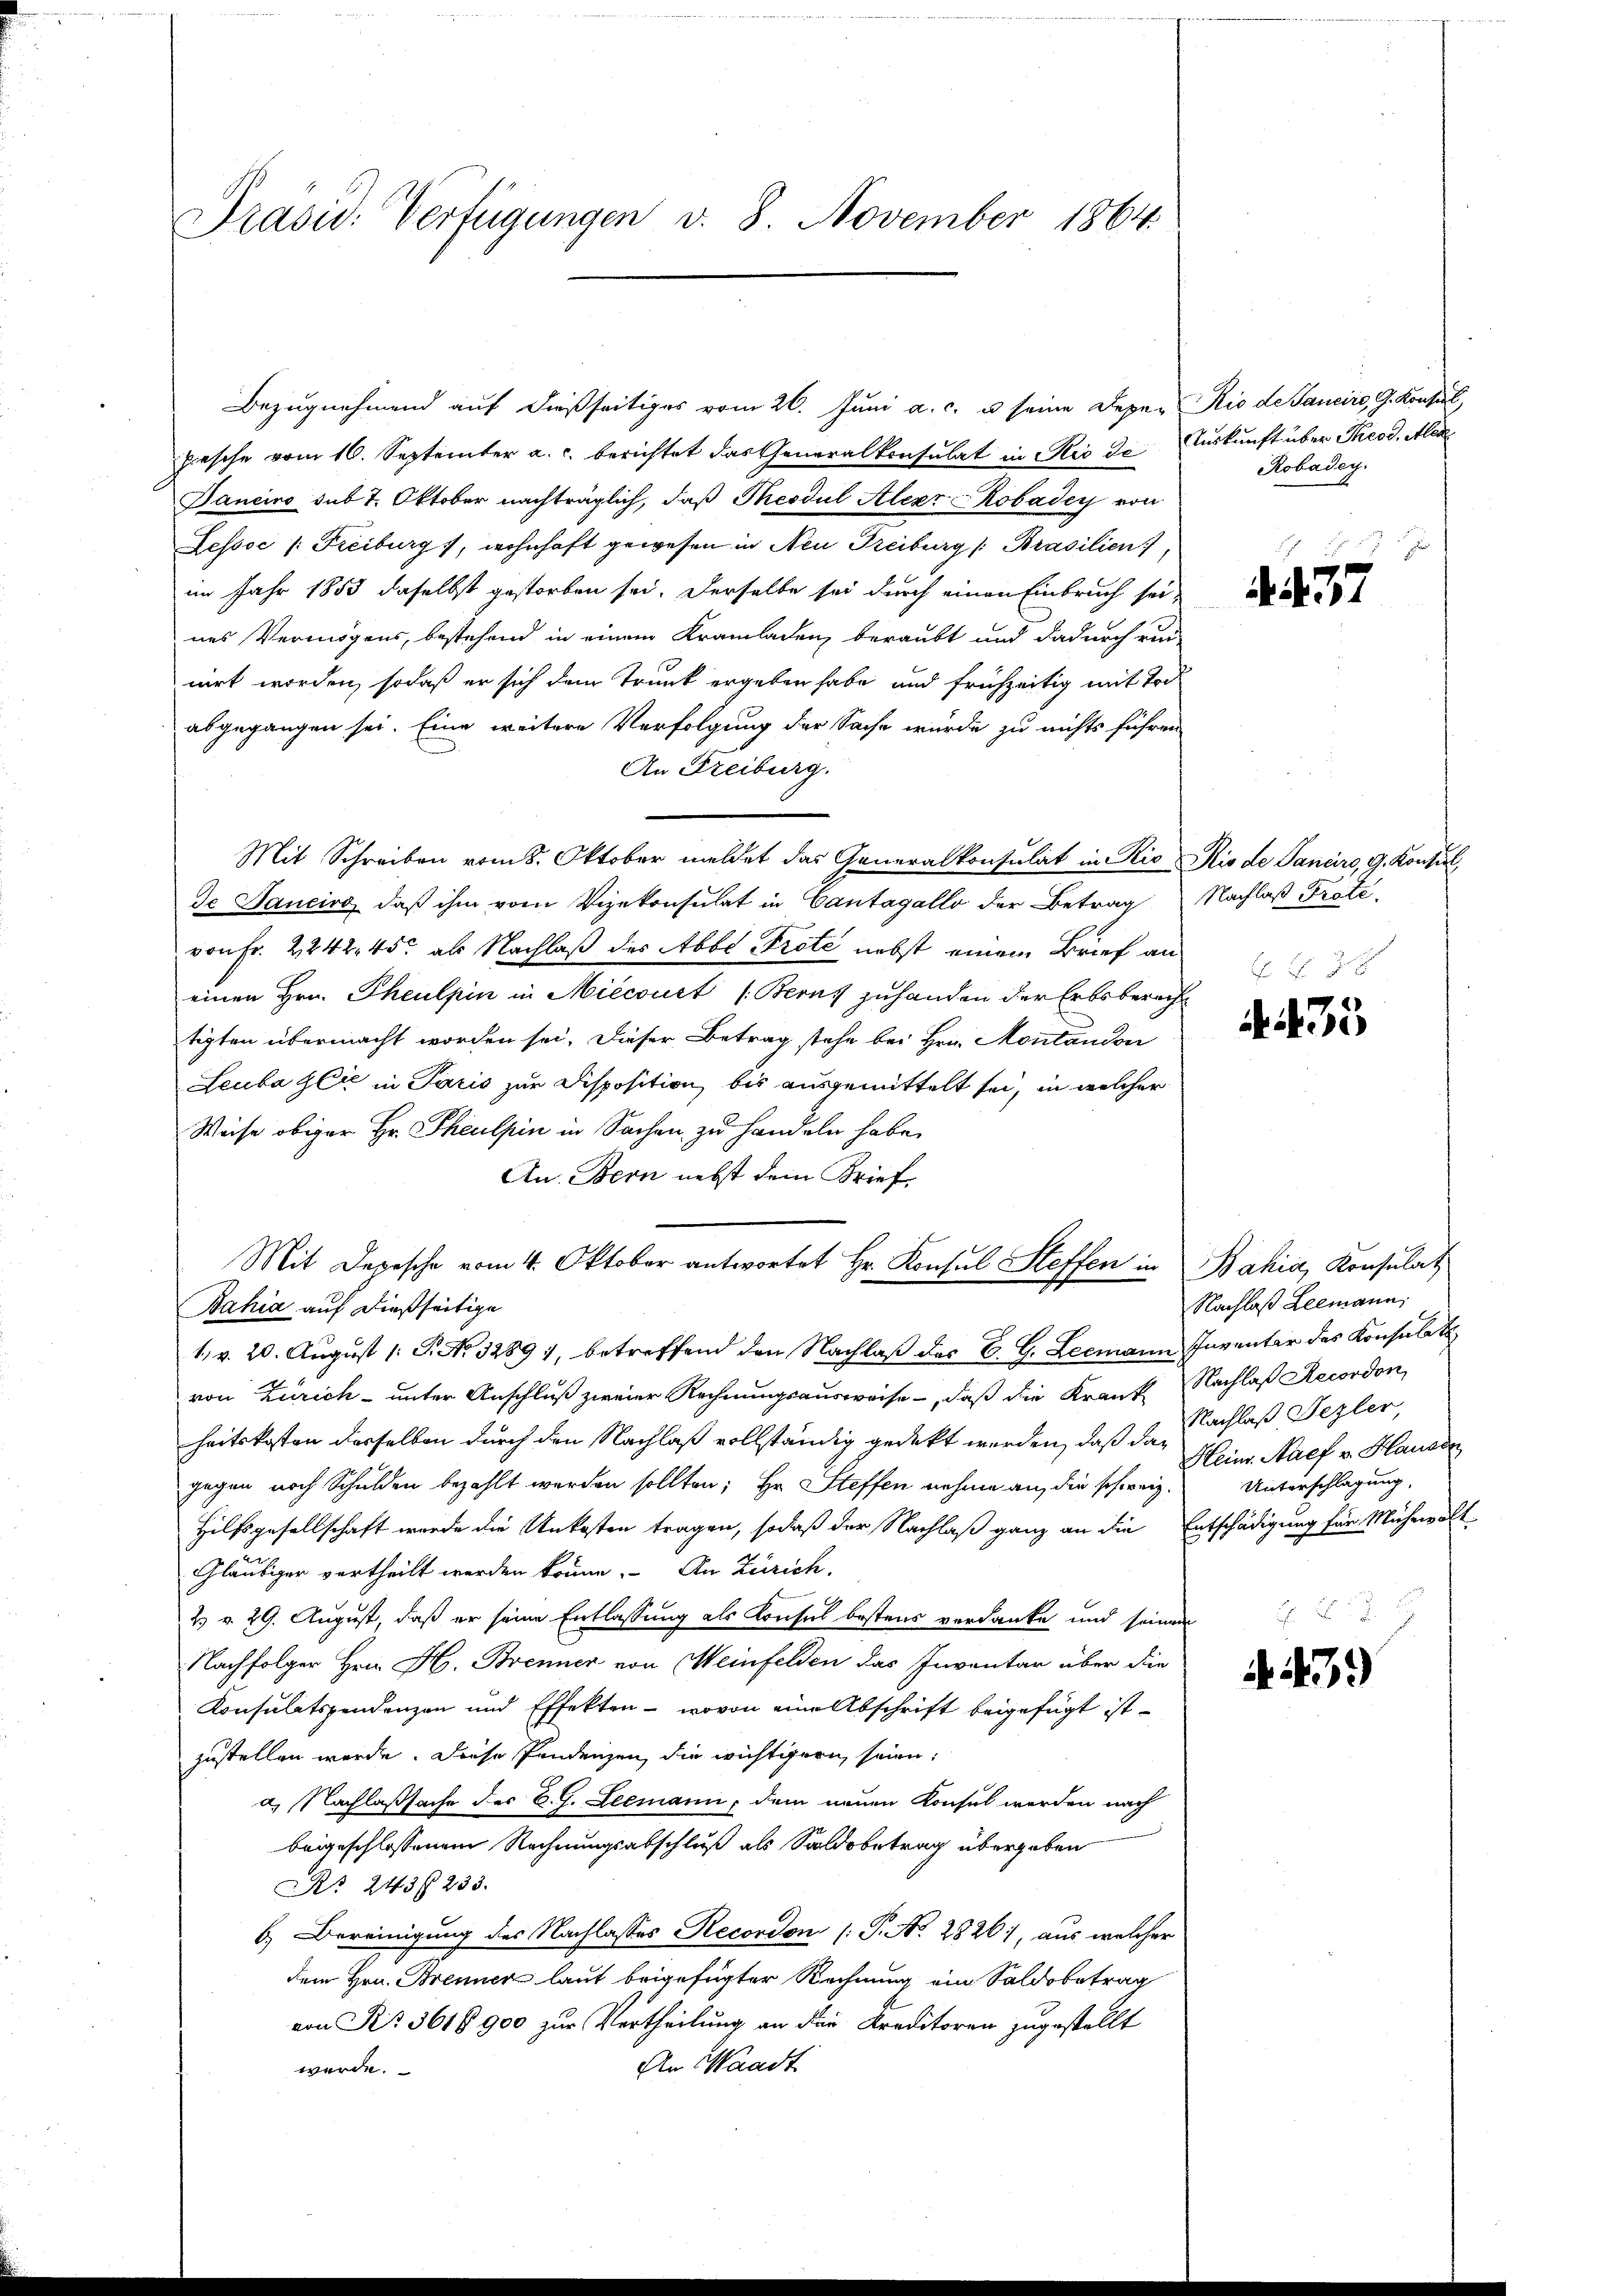
Präsid. Verfügungen v. 8. November 1864

Bezugnehmend auf dießseitiges vom 26. Juni a. c. u. seine Deper Rio de Sanciro, G. Konsul,
pesche vom 16. September a. c. berichtet das Generalkonsulat in Rio de Auskunft über Theod, Alex
Janeiro sub 7. Oktober nachträglich, daß Thesdul Alexr Robader von
Lestoc /: Freiburg), wohnhaft gewesen in Neu Treiburg /Prasilien
im Jahr 1853 daselbst gestorben sei. Derselbe sei durch einen Einbruch sei-
nes Vermögens, bestehend in einem Kramladen, beraubt und dadurch run-
cirt worden, sodaß er sich dem Trunk ergeben habe und frühzeitig mit Tod
abgegangen sei. Eine weitere Verfolgung der Sache wurde zu nichts führen
An Freiburg.
Mit Schreiben vom 8. Oktober meldet das Generalkonsulat in Rio Rio de Sanciro, G. Konsul,
de Sancirs, daß ihm vom Vizekonsulat in Cantagello der Betrag Nachlaß Prote-
von Fr. 2242. 450 als Nachlaß des Abbe Prote nebst einem Brief an
einen Hrn. Theulpin in Miecourt (Bern zuhanden der Erbsberecht
tigten übermacht worden sei. Dieser Betrag stehe bei Hrn. Montandon
Leuba glić in Paris zur Disposition, bis ausgemittelt sei, in welcher
Weise obiger Hr. Theulpin in Sachen zu handeln habe.
An. Bern nebst dem Brief
Mit Depesche vom 4. Oktober antwortet Hr. Konsul Steffen in Bahia, Konsulat
Bahia auf dießseitige
1. v. 20. August 1: P. No. 3289), betreffend den Nachlaß des B. G. Leemann Inventar des Konsulat
von Zürich- unter Anschluß zweier Rechnungsausweise, daß die Krank, Nachlaß Recordon,
heitskosten derselben durch den Nachlaß vollständig gedekt werden, daß das Schlaß Fezler,
gegen noch Schulden bezahlt werden sollten; Hr. Steffen nehme an, die schweiz.
Hilfsgesellschaft wurde die Unkosten tragen, sodaß der Nachlaß ganz an die Entschädigung für Mühewalt
Gläubiger vertheilt werden könne. An Zürich.
2. v. 29. August, daß er seine Entlassung als Konsul bestens verdanke und seinen
Nachfolger Hrn. H. Brenner von Meinfelden das Inventar über die
Konsulatspendenzen und Effekten - wovon eine Abschrift beigefügt ist.
zustellen werde. Diese Pendenzen, die wichtigern seien:
a. Nachlaßsache der B. J. Leemann, dem neuen Konsul werden nach
beigeschlossenen Rechnungsabschluß als Saldobetrag übergeben
R. 243 233.
6.) Bereinigung des Nachlasses Recordon (T. No. 2826, aus welcher
dem Hrn. Brenner laut beigefügter Rechnung ein Saldobetrag
von No 3618 900 zur Vertheilung an die Kreditoren zugestellt
An Waadt
werde.

Robadey.
.

447

H Hr. J.

35

Nachlaß Leemann,
Klein. Maef v. Hausdr
Unterschlagung,

A.479)

F. J. J